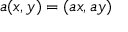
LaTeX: a ( x , y ) = ( a x , a y )